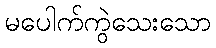
မပေါက်ကွဲသေးသော